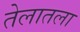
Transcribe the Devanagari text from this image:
तेलातला